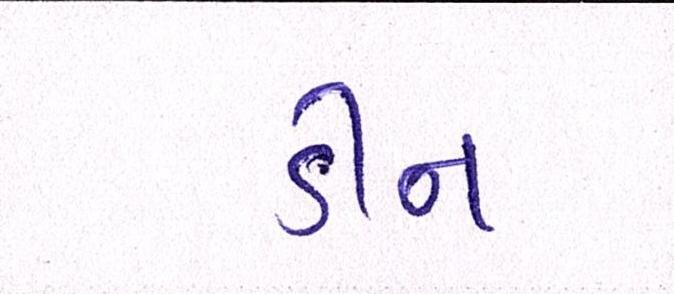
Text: ડીન